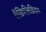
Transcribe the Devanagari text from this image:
ऍक्विलिब्रियम